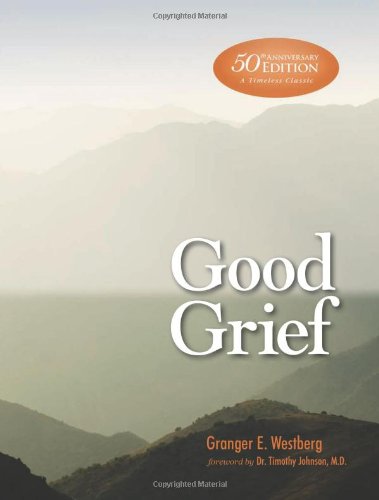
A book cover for Good Grief: 50th Anniversary Edition; Granger E. Westberg; Self-Help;